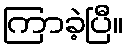
ကြာခဲ့ပြီ။